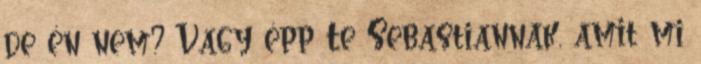
de én nem? Vagy épp Te Sebastiannak, amit mi